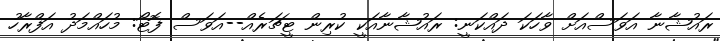
ރައުޝާނާ އަވަސްއަށް ވާހަކަ ދައްކަނީ: ރައުޝާނާއަކީ ކުރިން ޓީޗަރެއް--އަވަސް ފޮޓޯ: މުހައްމަދު އަފްރާހު